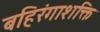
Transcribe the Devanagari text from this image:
बहिरंगाशक्ति